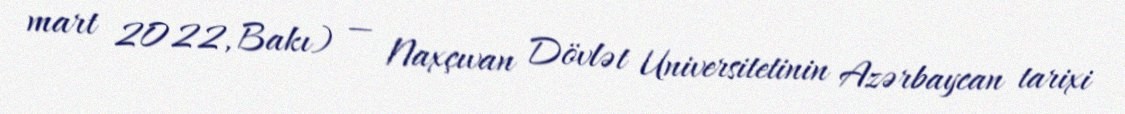
mart 2022, Bakı) — Naxçıvan Dövlət Universitetinin Azərbaycan tarixi